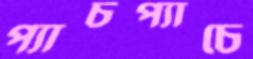
প্যাচপ্যাচে